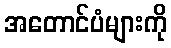
အတောင်ပံများကို